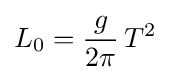
L_{0}={\frac {g}{2\pi }}\,T^{2}